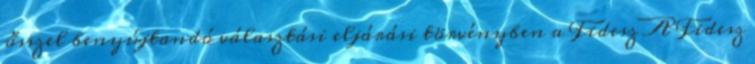
ősszel benyújtandó választási eljárási törvényben a Fidesz A Fidesz